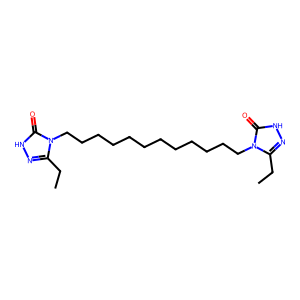
SMILES: CCc1n[nH]c(=O)n1CCCCCCCCCCCCn1c(CC)n[nH]c1=O
Inhibits HIV replication: No